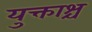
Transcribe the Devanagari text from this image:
युक्ताश्च